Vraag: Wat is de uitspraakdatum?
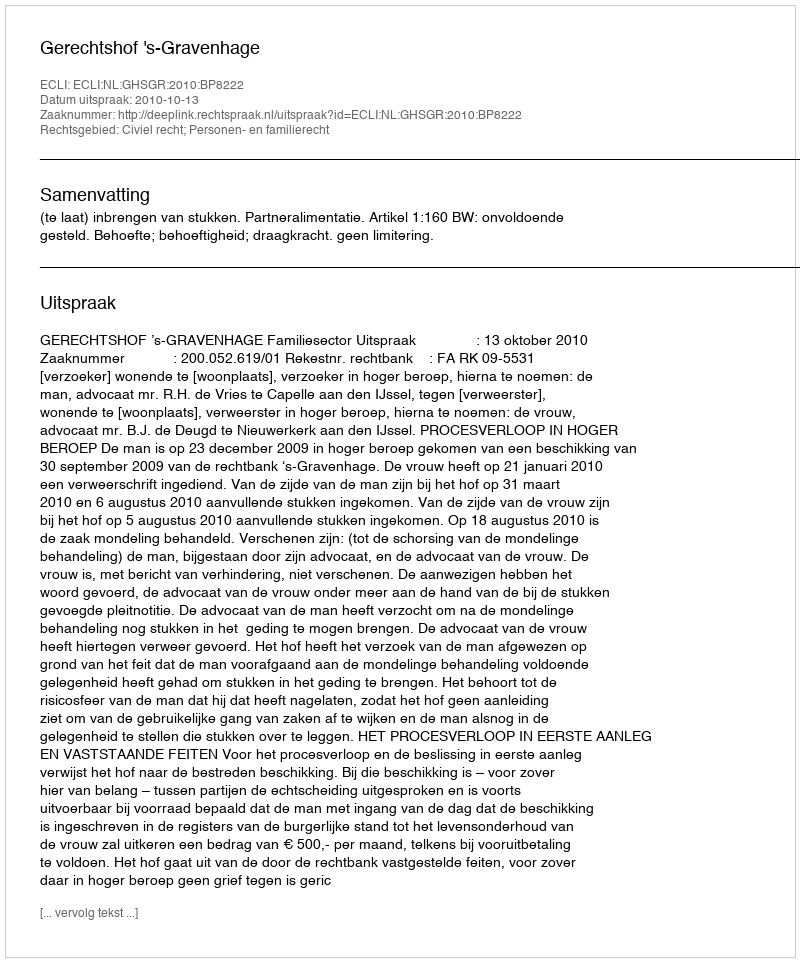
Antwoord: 2010-10-13